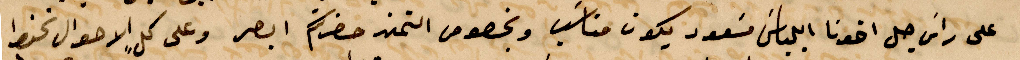
على راس جل اخونا ايلياس مسعود يكون مناسب وبخصوص التمن حضرتكم ابصر وعلى كل الأحوال نحفظ